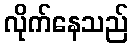
လိုက်နေသည်